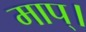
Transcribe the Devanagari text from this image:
माप्।